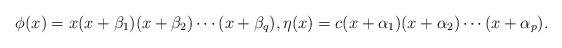
LaTeX: \begin{align*}\phi(x) =x ( x+\beta_{1} ) ( x+\beta_{2} ) \cdots ( x+\beta_{q} ) ,\eta(x) =c ( x+\alpha_{1} ) ( x+\alpha_{2} ) \cdots ( x+\alpha_{p} ) .\end{align*}